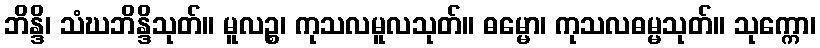
ဘိန္ဒိ၊ သံဃဘိန္ဒိသုတ်။ မူလဉ္စ၊ ကုသလမူလသုတ်။ ဓမ္မော၊ ကုသလဓမ္မသုတ်။ သုက္ကော၊